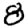
Digit: 8